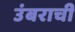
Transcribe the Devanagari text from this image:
उंबराची